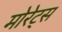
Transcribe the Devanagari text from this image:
मोरेट्स